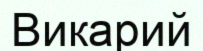
Викарий